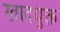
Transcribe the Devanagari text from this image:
खादयुक्त